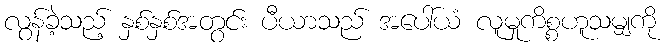
လွန်ခဲ့သည့် နှစ်နှစ်အတွင်း ပီယာသည် အပေါ်ယံ လူမှုကိစ္စဟူသမျှကို